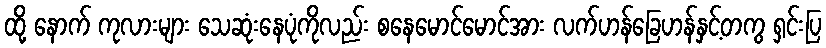
ထို့ နောက် ကုလားများ သေဆုံးနေပုံကိုလည်း စနေမောင်မောင်အား လက်ဟန်ခြေဟန်နှင့်တကွ ရှင်းပြ